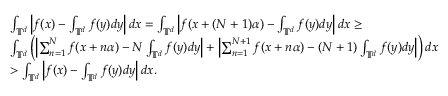
\begin{array} { r l } & { \int _ { \mathbb { T } ^ { d } } \left| f ( x ) - \int _ { \mathbb { T } ^ { d } } f ( y ) d y \right| d x = \int _ { \mathbb { T } ^ { d } } \left| f ( x + ( N + 1 ) \alpha ) - \int _ { \mathbb { T } ^ { d } } f ( y ) d y \right| d x \geq } \\ & { \int _ { \mathbb { T } ^ { d } } \left( \left| \sum _ { n = 1 } ^ { N } f ( x + n \alpha ) - N \int _ { \mathbb { T } ^ { d } } f ( y ) d y \right| + \left| \sum _ { n = 1 } ^ { N + 1 } f ( x + n \alpha ) - ( N + 1 ) \int _ { \mathbb { T } ^ { d } } f ( y ) d y \right| \right) d x } \\ & { > \int _ { \mathbb { T } ^ { d } } \left| f ( x ) - \int _ { \mathbb { T } ^ { d } } f ( y ) d y \right| d x . } \end{array}